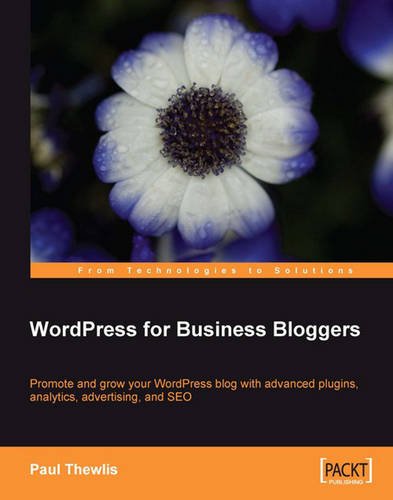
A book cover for WordPress for Business Bloggers: Promote and grow your WordPress blog with advanced plug-ins, analytics, advertising, and SEO; Paul Thewlis; Computers & Technology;